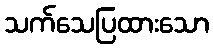
သက်သေပြထားသော